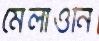
মেলাওনি